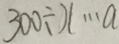
3 0 0 \div x \cdots a